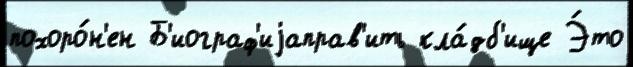
похоро́н'ен Б'иограф'иjаправ'ить кла́дб'ище Э́то